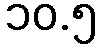
၁၀.၅